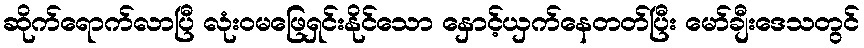
ဆိုက်ရောက်လာပြီ လုံးဝမဖြေရှင်းနိုင်သော နှောင့်ယှက်နေတတ်ပြီး မော်ချီးဒေသတွင်